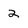
Character: 2